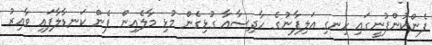
ފެންކުންފުނީގައި ހިނގި އަލިފާނުގެ ހާދިސާއާ ގުޅިގެން މުޅި މާލެއިން ފެން ކަނޑާލާފައި ވާއިރު